Indian journal of veterinary science and animal husbandry - Volume 3,
Year: 1933
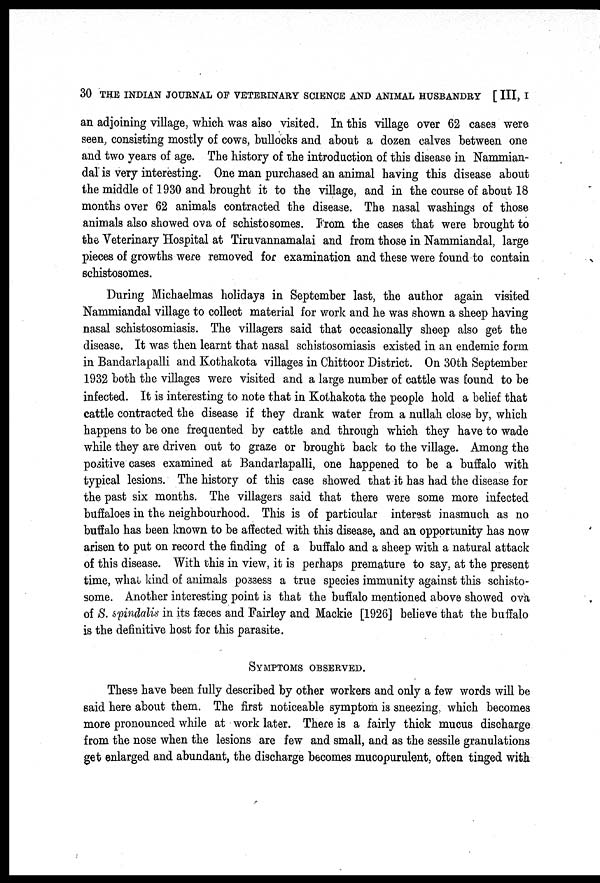
30 THE INDIAN JOURNAL OF VETERINARY SCIENCE AND ANIMAL HUSBANDRY [ III, I
an adjoining village, which was also visited. In this village over 62 cases were
seen consisting mostly of cows, bullocks and about a dozen calves between one
and two years of age. The history of the introduction of this disease in Nammian¬
dal is very interesting. One man purchased an animal having this disease about
the middle of 1930 and brought it to the village, and in the course of about 18
months over 62 animals contracted the disease. The nasal washings of those
animals also showed ova of schistosomes. From the cases that were brought to
the Veterinary Hospital at Tiruvannamalai and from those in Nammiandal, large
pieces of growths were removed for examination and these were found to contain
schistosomes.
During Michaelmas holidays in September last, the author again visited
Nammiandal village to collect material for work and he was shown a sheep having
nasal schistosomiasis. The villagers said that occasionally sheep also get the
disease. It was then learnt that nasal schistosomiasis existed in an endemic form
in Bandarlapalli and Kothakota villages in Chittoor District. On 30th September
1932 both the villages were visited and a large number of cattle was found to be
infected. It is interesting to note that in Kothakota the people hold a belief that
cattle contracted the disease if they drank water from a nullah close by, which
happens to be one frequented by cattle and through which they have to wade
while they are driven out to graze or brought back to the village. Among the
positive cases examined at Bandarlapalli, one happened to be a buffalo with
typical lesions. The history of this case showed that it has had the disease for
the past six months. The villagers said that there were some more infected
buffaloes in the neighbourhood. This is of particular interest inasmuch as no
buffalo has been known to be affected with this disease, and an opportunity has now
arisen to put on record the finding of a buffalo and a sheep with a natural attack
of this disease. With this in view, it is perhaps premature to say. at the present
time, what kind of animals possess a true species immunity against this schisto-
some. Another interesting point is that the buffalo mentioned above showed ova
of S. Spindalis in its faeces and Fairley and Mackie [1926] believe that the buffalo
is the definitive host for this parasite.
SYMPTOMS OBSERVED.
These have been fully described by other workers and only a few words will be
said here about them. The first noticeable symptom is sneezing, which becomes
more pronounced while at work later. There is a fairly thick mucus discharge
from the nose when the lesions are few and small, and as the sessile granulations
get enlarged and abundant, the discharge becomes mucopurulent, often tinged with